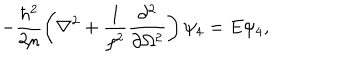
- \frac { \hbar ^ { 2 } } { 2 \mu } \left( \nabla ^ { 2 } + \frac { 1 } { \rho ^ { 2 } } \frac { \partial ^ { 2 } } { \partial \Omega ^ { 2 } } \right) \psi _ { 4 } = E \psi _ { 4 } ,